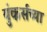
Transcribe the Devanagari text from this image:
युंकर्सच्या